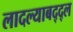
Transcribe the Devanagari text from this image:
लादल्याबद्द्ल